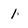
Character: 1